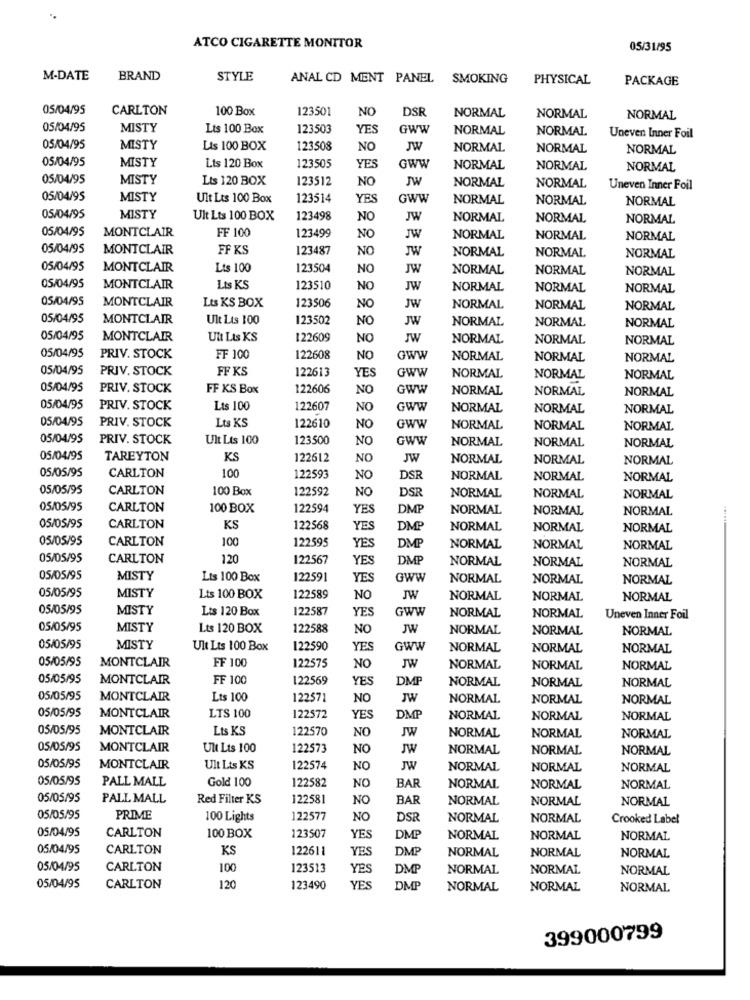
ATCO CIGARETTE MONITOR
05/31/95
M-DATE
BRAND
STYLE
ANAL CD MENT PANEL
SMOKING
PHYSICAL
PACKAGE
05/04/95
CARLTON
100 Box
123501
NO
DSR
NORMAL
NORMAL
NORMAL
05/04/95
MISTY
Lts 100 Box
123503
YES
GWW
NORMAL
NORMAL
Uneven Inner Foil
05/04/95
MISTY
Lis 100 BOX
123508
NO
JW
NORMAL
NORMAL
NORMAL
05/04/95
MISTY
Lts 120 Box
123505
YES
GWW
NORMAL
NORMAL
NORMAL
05/04/95
MISTY
Lts 120 BOX
123512
NO
JW
NORMAL
NORMAL
Uneven Inner Foil
05/04/95
MISTY
Uit Lts 100 Box
123514
YES
GWW
NORMAL
NORMAL
NORMAL
05/04/95
MISTY
Ult Lts 100 BOX
123498
NO
JW
NORMAL
NORMAL
NORMAL
05/04/95
MONTCLAIR
FF 100
123499
NO
JW
NORMAL
NORMAL
NORMAL
05/04/95
MONTCLAIR
FF KS
123487
NO
JW
NORMAL
NORMAL
NORMAL
05/04/95
MONTCLAIR
Lts 100
123504
NO
JW
NORMAL
NORMAL
NORMAL
05/04/95
MONTCLAIR
Lts KS
123510
NO
JW
NORMAL
NORMAL
NORMAL
05/04/95
MONTCLAIR
Lts KS BOX
123506
NO
JW
NORMAL
NORMAL
NORMAL
05/04/95
MONTCLAIR
Ult Lts 100
123502
NO
JW
NORMAL
NORMAL
NORMAL
05/04/95
MONTCLAIR
Ult Lts KS
122609
NO
JW
NORMAL
NORMAL
NORMAL
05/04/95
PRIV. STOCK
FF 100
122608
NO
Gww
NORMAL
NORMAL
NORMAL
05/04/95
PRIV. STOCK
FF KS
122613
YES
GWW
NORMAL
NORMAL
NORMAL
05/04/95
PRIV. STOCK
FF KS Box
122606
NO
GWW
NORMAL
NORMAL
NORMAL
05/04/95
PRIV. STOCK
Lts 100
122607
NO
GWW
NORMAL
NORMAL
NORMAL
05/04/95
PRIV. STOCK
Lts KS
122610
NO
GWW
NORMAL
NORMAL
NORMAL
05/04/95
PRIV. STOCK
Ult Lts 100
123500
NO
GWW
NORMAL
NORMAL
NORMAL
05/04/95
TAREYTON
KS
122612
NO
JW
NORMAL
NORMAL
NORMAL
05/05/95
CARLTON
100
122593
NO
DSR
NORMAL
NORMAL
NORMAL
05/05/95
CARLTON
100 Box
122592
NO
DSR
NORMAL
NORMAL
NORMAL
05/05/95
CARLTON
100 BOX
122594
YES
DMP
NORMAL
NORMAL
NORMAL
05/05/95
CARLTON
KS
122568
YES
DMP
NORMAL
NORMAL
NORMAL
05/05/95
CARLTON
100
DMP
122595
YES
NORMAL
NORMAL
NORMAL
05/05/95
CARLTON
120
122567
YES
DMP
NORMAL
NORMAL
NORMAL
05/05/95
MISTY
Lts 100 Box
122591
YES
GWW
NORMAL
NORMAL
NORMAL
05/05/95
MISTY
Lts 100 BOX
122589
NO
JW
NORMAL
NORMAL
NORMAL
05/05/95
MISTY
Lts 120 Box
122587
YES
GWW
NORMAL
NORMAL
Uneven Inner Foil
05/05/95
MISTY
Lts 120 BOX
122588
NO
JW
NORMAL
NORMAL
NORMAL
05/05/95
MISTY
Ult Lts 100 Box
122590
YES
GWW
NORMAL
NORMAL
NORMAL
05/05/95
MONTCLAIR
FF 100
122575
NO
JW
NORMAL
NORMAL
NORMAL
05/05/95
MONTCLAIR
FF 100
122569
YES
DMP
NORMAL
NORMAL
NORMAL
05/05/95
MONTCLAIR
Lts 100
122571
NO
JW
NORMAL
NORMAL
NORMAL
05/05/95
MONTCLAIR
LTS 100
122572
YES
DMP
NORMAL
NORMAL
NORMAL
05/05/95
MONTCLAIR
Lts KS
122570
NO
JW
NORMAL
NORMAL
NORMAL
05/05/95
MONTCLAIR
Ult Lts 100
122573
NO
JW
NORMAL
NORMAL
NORMAL
05/05/95
MONTCLAIR
Ult Lts KS
122574
NO
JW
NORMAL
NORMAL
NORMAL
05/05/95
PALL MALL
Gold 100
122582
NO
BAR
NORMAL
NORMAL
NORMAL
05/05/95
PALL MALL
Red Filter KS
122581
NO
BAR
NORMAL
NORMAL
NORMAL
05/05/95
PRIME
100 Lights
122577
NO
DSR
NORMAL
NORMAL
Crooked Label
05/04/95
CARLTON
100 BOX
123507
YES
DMP
NORMAL
NORMAL
NORMAL
05/04/95
CARLTON
KS
122611
YES
DMP
NORMAL
NORMAL
NORMAL
05/04/95
CARLTON
100
123513
YES
DMP
NORMAL
NORMAL
NORMAL
05/04/95
CARLTON
120
123490
YES
DMP
NORMAL
NORMAL
NORMAL
399000799